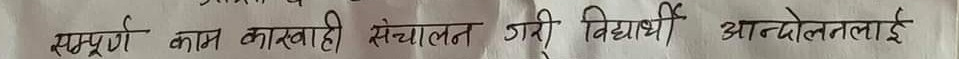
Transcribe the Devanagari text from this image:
सम्पूर्ण काम कारबाही संचालन गरी विद्यार्थी आन्दोलनलाई